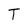
Character: T